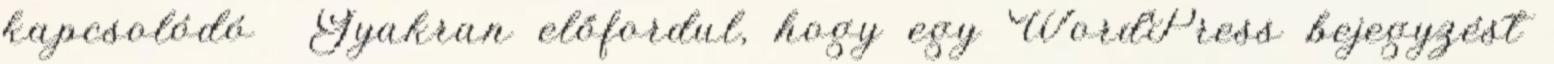
kapcsolódó Gyakran előfordul, hogy egy WordPress bejegyzést